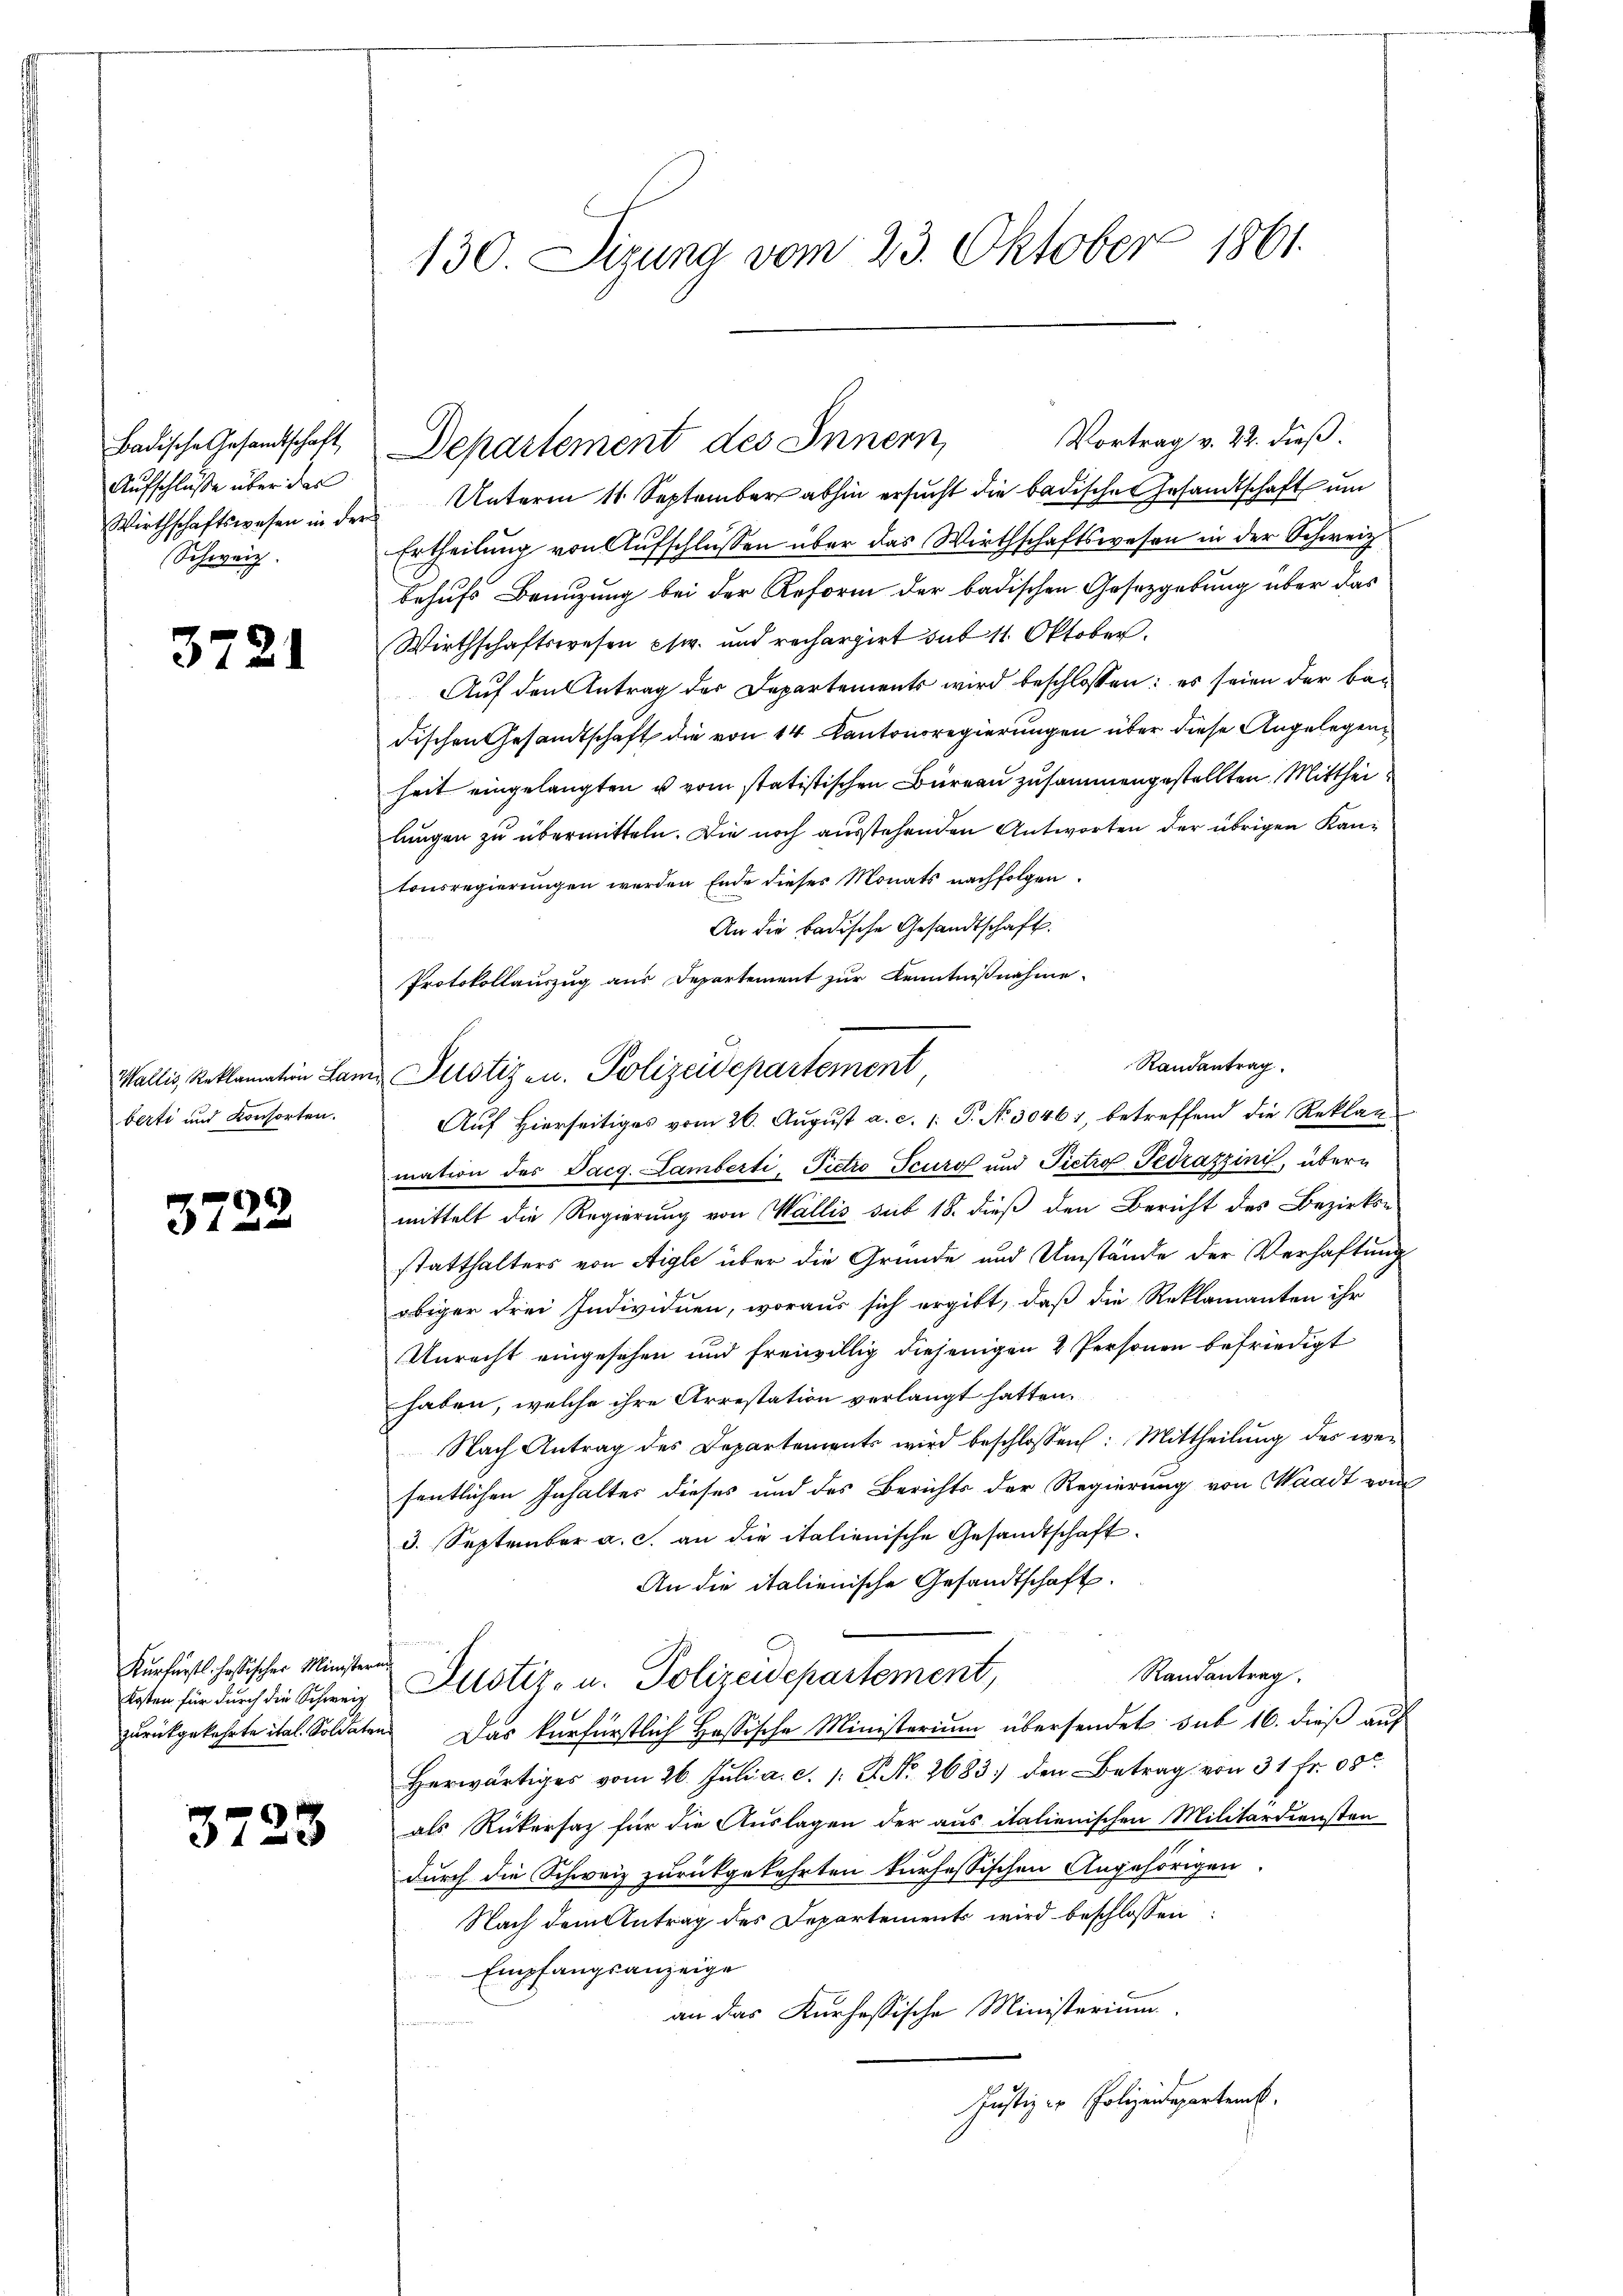
Badische Gesandtschaft
Aufschlusse über das
Wirthschaftswesen in der
Schweiz.

3721

Wallis, Reklamation Las
berti und Konsorten.

3722

Kurfürstl. höfischer Minister
Kosten für durch die Schweiz
zurückgekehrte ital. Soldaten

3723

130 Sitzung vom 23. Oktober 1861.

Vortrag v. 22. dieß.
Unterm 11. September abhin ersucht die badische Gesandtschaft um
Ertheilung von Aufschlüssen über das Wirthschaftswesen in der Schweiz
behufs Benuzung bei der Reform der badischen Gesetzgebung über das
Wirthschaftswesen psw. und rechargirt dit 11. Oktober.
Auf den Antrag der Departements wird beschlossen: es seien der bedischen Gesandtschaft die von 14 Kantonsregierungen über diese Angelegen
heit eingelangten u vom statistischen Büreau zusammengestellten Mittheilungen zu übermitteln. Die noch ausstehenden Antworten der übrigen Kantonsregierungen werden Ende dieses Monats nachfolgen.
An die badische Gesandtschaft.
Protokollauszug aus Departement zur Kenntnißnahme
Auf Hierseitiges vom 26. August a. c. 1: P. Nr. 30461, betreffend die Reklag
mation des Dacg. Lamberti, Pietro Scuro und Pietro Pedrazzini, übern
mittelt die Regierung von Wallis sub 18. dieß den Bericht des Bezirks-
statthalters von Aigle über die Gründe und Umstände der Verhaftung
obiger drei Individuen, woraus sich ergibt, daß die Reklamanten ihr
Unrecht eingesehen und freiwillig diejenigen 4 Personen befriedigt
haben, welche ihre Arrestation verlangt hatten.
Nach Antrag des Departements wird beschlossen: Mittheilung des wefentlichen Inhalter dieses und des Berichts der Regierung von Waadt von
3. September a. c. an die italienische Gesandtschaft.
An die italienische Gesandtschaft.
e
Randantrag.
Justiz- u. Polizeidepartement,
Das kurfürstlich Hassische Ministerium übersendet sub 16. dieß auf
Herwärtiges vom 26. Juli a. c. l. J. No. 2683 den Betrag von 31 fr. 000
als Rückersatz für die Auslagen der aus italienischen Militärdiensten
durch die Schweiz zurückgekehrten kursessischen Angehörigen
Nach dem Antrag des Departements wird beschlossen
Empfangsanzeige
an das Kurhessische Ministerium
Justiz er Polizeidepartemb.

Randantrag
Justiz- u. Polizeidepartement,

Departement des Innern